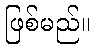
ဖြစ်မည်။